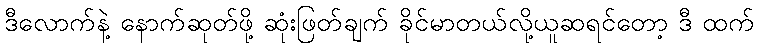
ဒီလောက်နဲ့ နောက်ဆုတ်ဖို့ ဆုံးဖြတ်ချက် ခိုင်မာတယ်လို့ယူဆရင်တော့ ဒီ ထက်